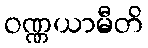
ဝဏ္ဏယာမီတိ